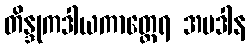
တိန္ဒုကဒါယကာတ္ထေရ အပဒါန